Annual statistical returns and brief notes on vaccination in Bengal - 1896-1909
Year: 1896
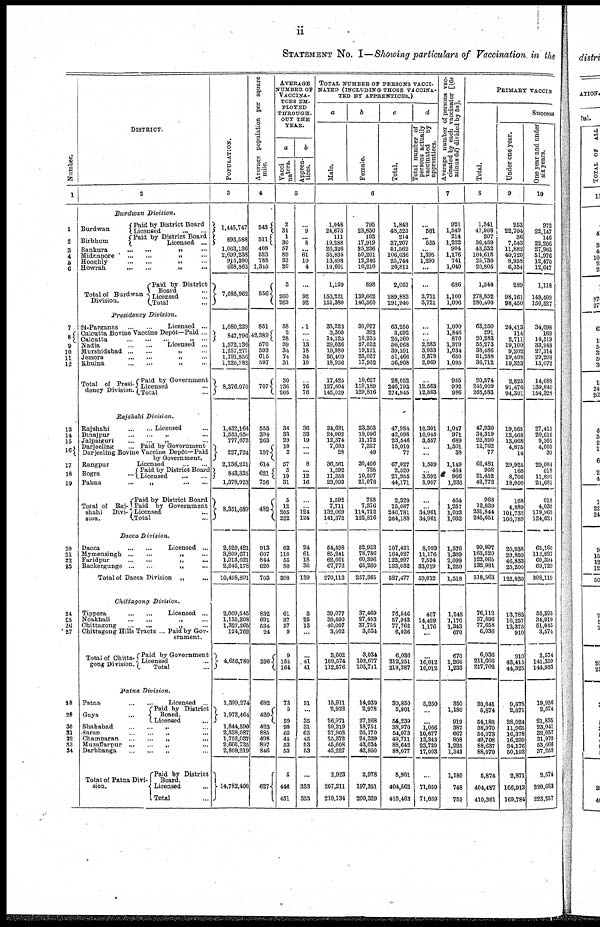
ii
STATEMENT No. I—Showing particulars of Vaccination in the
Number.
1
1
2
3
4
5
6
7
8
9
10
11
12
13
14
15
16
17
18
19
20
21
22
23
24
25
26
27
28
29
30
31
32
33
34
DISTRICT.
2
Burdwan Division.
Burdwan
Birbhum
Paid by District Board
Licensed
...
...
Paid by District Board
Licensed ...
Bankura
...
...
„
...
Midnapore
...
...
„
...
Hooghly
...
...
„
...
Howrah
...
...
„
...
Total of Burdwan
Division.
Paid by District
Board ...
Licensed ...
Total ...
Presidency Division.
24-Parganas
...
...
Licensed ...
Calcutta Bovine Vaccine Depôt—Paid ...
Calcutta
...
...
...
„
...
Nadia
...
...
Licensed ...
Murshidabad ... ... „ ...
Jessore
...
...
„
...
Khulna
...
...
„
...
Total of Presi¬
dency Division.
Paid by Government
Licensed ...
Total ...
Rajshahi Division.
Rajshahi
...
...
Licensed ...
Dinajpur ... ... „ ...
Jalpaiguri ... ... „ ...
Darjeeling
... Paid by Government
Darjeeling Bovine Vaccine Depôt—Paid
by Government.
Rangpur
...
Licensed
...
...
Bogra ...
Paid by District Board
Licensed
...
...
Pabna
...
„
...
...
Total of Rai-
shahi Divi-
sion.
Paid by District Board
Paid by Government
Licensed ...
Total ...
Dacca Division.
Dacca
...
...
Licensed ...
Mymensingh ... ... „ ...
Faridpur
...
...
„
...
Backergunge ... ... „ ...
Total of Dacca Division „ ...
Chittagong Division.
Tippera
...
...
Licensed ...
Noakhali
...
...
„
...
Chittagong
...
...
„
...
Chittagong Hills Tracts ... Paid by Gov-
ernment.
Total of Chitta-
gong Division.
Paid by Government
Licensed ...
Total ...
Patna Division.
Patna
...
...
Licensed ...
Gaya ...
Paid by District
Board.
Licensed ...
Shahabad ... ... „ ...
Saran
...
...
„
...
Champaran
...
...
„
...
Muzaffarpur
...
...
„
...
Darbhanga ... ... „ ...
Total of Patna Divi-
sion.
Paid by District
Board.
Licensed
...
Total ...
POPULATION.
3
1,445,747
893,588
1,063,136
2,699,238
915,390
668,863
7,685,962
1,680,229
847,796
1,572,136
1,257,277
1,791,856
1,226,782
8,376,076
1,432,164
1,553,650
777,672
227,724
2,138,221
843,335
1,378,923
8,351,689
2,529,421
3,809,671
1,913,621
2,246,178
10,498,891
2,069,545
1,135,208
1,327,265
124,762
4,656,780
1,399,274
1,972,464
1,844,590
2,338,087
1,752,037
2,666,735
2,809,219
14,782,406
Average population per square
mile.
4
543
511
408
523
788
1,345
556
851
42,389
570
593
615
597
707
553
394
263
197
614
621
756
482
913
607
844
620
703
832
691
534
24
396
682
420
423
885
498
897
846
627
AVERAGE
NUMBER OF
VACCINA-
TORS EM¬
PLOYED
THROUGH-
OUT THE
YEAR.
a
Vacci¬
nators.
b
Appren-
tices.
5
2
31
1
30
57
89
33
20
3
260
263
58
2
28
39
34
74
31
30
236
266
36
33
29
10
2
57
5
19
31
5
12
205
222
63
110
55
80
308
61
37
57
9
9
155
164
73
5
59
98
65
45
53
53
5
446
451
...
9
... 8
...
61
10
4
...
92
92
1
...
... 13
18
34
10
...
76
76
36
33
19
...
...
8
...
12
16
...
... 124
124
24
61
18
36
139
3
25
13
...
...
41
41
51
...
35
31
65
45
53
53
...
333
333
TOTAL NUMBER OF PERSONS VACCI¬
NATED (INCLUDING THOSE VACCINA-
TED BY APPRENTICES.)
a
Male.
b
Female.
c
Total.
d
Total number of
persons actually
vaccinated
by
apprentices.
6
1,048
24,673
111
19,288
26,326
55,835
13,498
10,601
1,159
150,221
151,380
33,223
3,300
14,125
29,036
19,980
26,409
18,956
17,425
127,604
145,029
24,681
24,002
12,374
7,683
28
36,561
1,592
11,358
23,093
1,592
7,711
132,069
141,372
54,498
85,241
62,601
67,772
270,112
39,077
30,490
40,007
3,002
3,002
109,574
112,576
15,911
2,923
26,971
20,219
27,903
25,372
45,608
45,227
2,923
207,211
210,134
795
23,850
103
17,919
25,236
50,201
12,246
10,210
898
139,662
140,560
30,027
392
10,235
27,032
19,121
25,057
17,952
10,627
119,189
129,816
23,303
18,096
11,172
7,327
49
30,466
728
10,597
21,078
728
7,376
114,712
122,816
52,923
78,786
60,396
65,260
257,365
37,469
27,453
37,755
3,034
3,034
102,677
105,711
14,939
2,978
27,268
18,751
26,170
24,339
43,034
42,850
2,978
197,351
200,329
1,843
48,523
214
37,207
51,562
106,036
25,744
20,811
2,057
289,883
291,940
63,250
3,692
24,360
56,068
39,101
51,466
36,908
28,052
246,793
274,845
47,984
42,098
23,546
15,010
77
67,027
2,320
21,955
44,171
2,320
15,087
246,781
264,188
107,421
164,027
122,997
133,032
527,477
76,546
57,943
77,762
6,036
6,036
212,251
218,287
30,850
5,901
54,239
38,970
54,073
49,711
88,642
88,077
5,901
404,562
410,463
...
501
... 535
...
1,395
1,290
...
...
3,721
3,721
...
...
... 2,283
3,933
3,378
2,969
...
12,563
12,563
10,301
10,045
3,557
... ...
1,509
... 3,592
5,957
...
...
34,961
34,961
8,093
11,176
7,524
33,019
59,812
407
14,429
1,176
...
...
16,012
16,012
5,250
...
...
1,066
10,677
13,343
23,720
17,003
...
71,059
71,059
Average number of persons vac-
cinated by each vaccinator [(6c
minus 6d) divided by 5a].
7
921
1,549
214
1,222
904
1,176
741
1,040
686
1,100
1,096
1,090
1,846
870
1,379
1,034
650
1,095
935
992
986
1,047
971
689
1,501
38
1,149
464
966
1,233
464
1,257
1,033
1,032
1,576
1,389
2,099
1,250
1,518
1,248
1,176
1,343
670
670
1,266
1,233
350
1,180
919
387
667
808
1,225
1,341
1,180
748
752
PRIMARY VACCIN
Total.
8
1,341
47,908
207
36,459
43,332
104,618
25,730
20,805
1,548
278,852
280,400
63,250
291
20,283
55,273
38,486
51,288
36,712
20,574
245,009
265,583
47,930
34,319
22,890
12,762
77
62,481
968
21,452
42,772
968
12,839
231,844
245,651
99,997
163,520
122,065
132,981
518,563
76,112
57,896
77,658
6,036
6,036
211,666
217,702
30,841
5,874
54,188
38,970
54,073
49,708
88,637
88,070
5,874
404,487
410,361
Success
Under one year.
9
253
22,704
36
7,543
11,882
40,720
8,958
6,354
289
98,161
98,450
24,413
114
2,711
19,100
9,202
19,408
19,353
2,825
91,476
94,301
19,565
12,468
13,068
4,875
14
29,925
168
8,706
18,000
168
4,889
101,732
106,789
20,938
29,859
46,833
25,200
122,830
13,783
16,257
13,375
910
910
43,415
44,325
9,878
2,871
28,024
11,965
16,378
16,299
34,176
50,193
2,871
166,913
169,784
One year and under
six years.
10
972
22,147
146
22,206
27,963
51,976
12,470
12,647
1,118
149,409
150,527
34,098
169
14,519
33,948
27,314
29,208
15,072
14,688
139,640
154,328
27,415
20,616
9,301
4,005
30
29,064
618
11,891
21,681
618
4,035
119,968
124,621
65,160
112,827
60,394
69,729
308,110
55,395
34,919
51,045
3,574
3,574
141,359
144,933
19,956
2,574
21,835
23,941
32,057
31,970
53,666
37,258
2,574
220,683
223,257